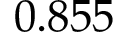
0 . 8 5 5